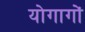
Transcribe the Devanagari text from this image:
योगागों